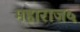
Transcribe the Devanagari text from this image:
महाराज५